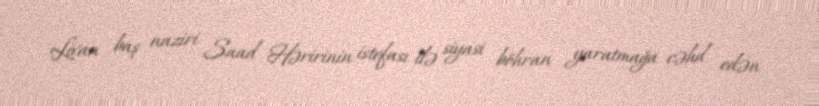
Livan baş naziri Saad Həririnin istefası ilə siyasi böhran yaratmağa cəhd edən